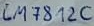
Text: LM7812C